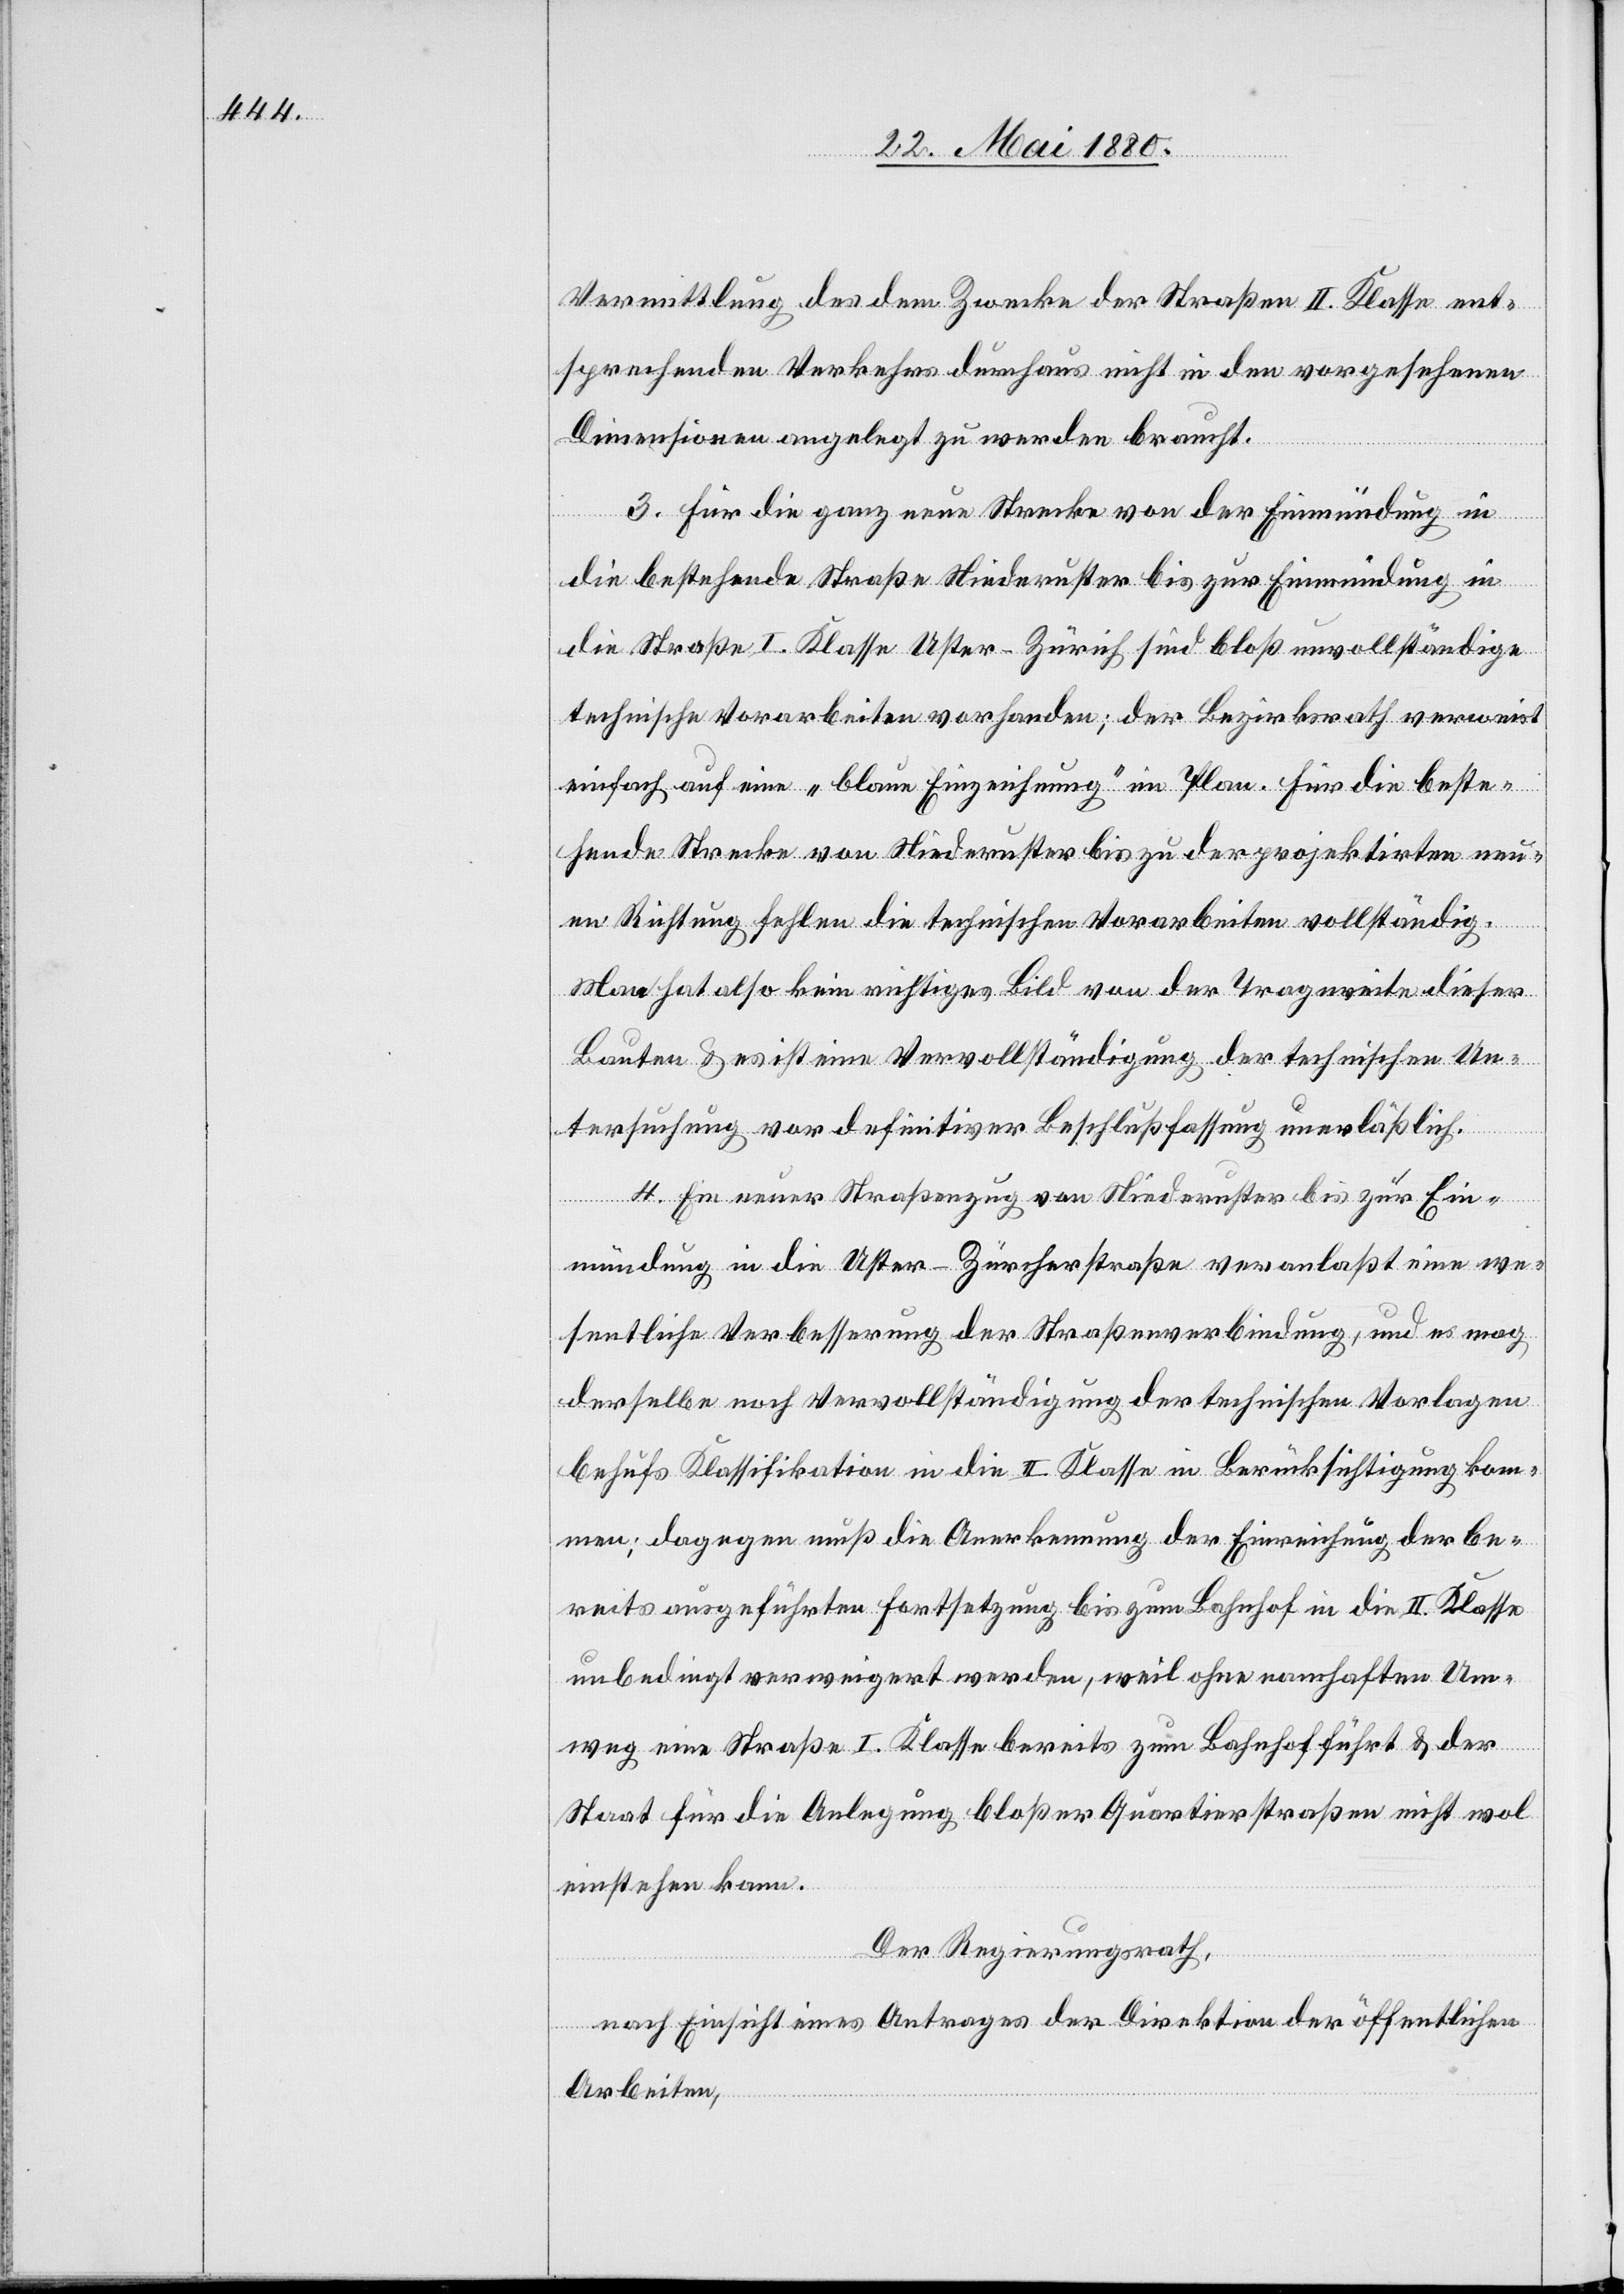
Vermittlung des dem Zwecke der Straßen II. Klasse ent¬
sprechenden Verkehrs durchaus nicht in den vorgesehenen
Dimensionen angelegt zu werden braucht.
3. Für die ganz neue Strecke von der Einmündung in
die bestehende Straße Niederuster bis zur Einmündung in
die Straße I. Klasse Uster–Zürich sind bloß unvollständige
technische Vorarbeiten vorhanden; der Bezirksrath verweist
einfach auf eine „blaue Einzeichnung“ im Plan. Für die beste¬
hende Strecke von Niederuster bis zur der projektirten neu¬
en Richtung fehlen die technischen Vorarbeiten vollständig.
Man hat also kein richtiges Bild von der Tragweite dieser
Bauten & es ist eine Vervollständigung der technischen Un¬
tersuchung vor definitiver Beschlußfassung unerläßlich.
4. Ein neuer Straßenzug von Niederuster bis zur Ein¬
mündung in die Uster–Zürcherstraße veranlaßt eine we¬
sentliche Verbesserung der Straßenverbindung, und es mag
derselbe nach Vervollständigung der technischen Vorlagen
behufs Klassifikation in die II. Klasse in Berücksichtigung kom¬
men; dagegen muß die Anerkennung der Einreichung der be¬
reits ausgeführten Fortsetzung bis zum Bahnhof in die II. Klasse
unbedingt verweigert werden, weil ohne namhaften Um¬
weg eine Straße I. Klasse bereits zum Bahnhof führt & der
Staat für die Anlegung bloßer Quartierstraßen nicht wol
einstehen kann.
Der Regierungsrath,
nach Einsicht eines Antrages der Direktion der öffentlichen
Arbeiten,